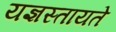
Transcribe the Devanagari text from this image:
यज्ञस्तायते